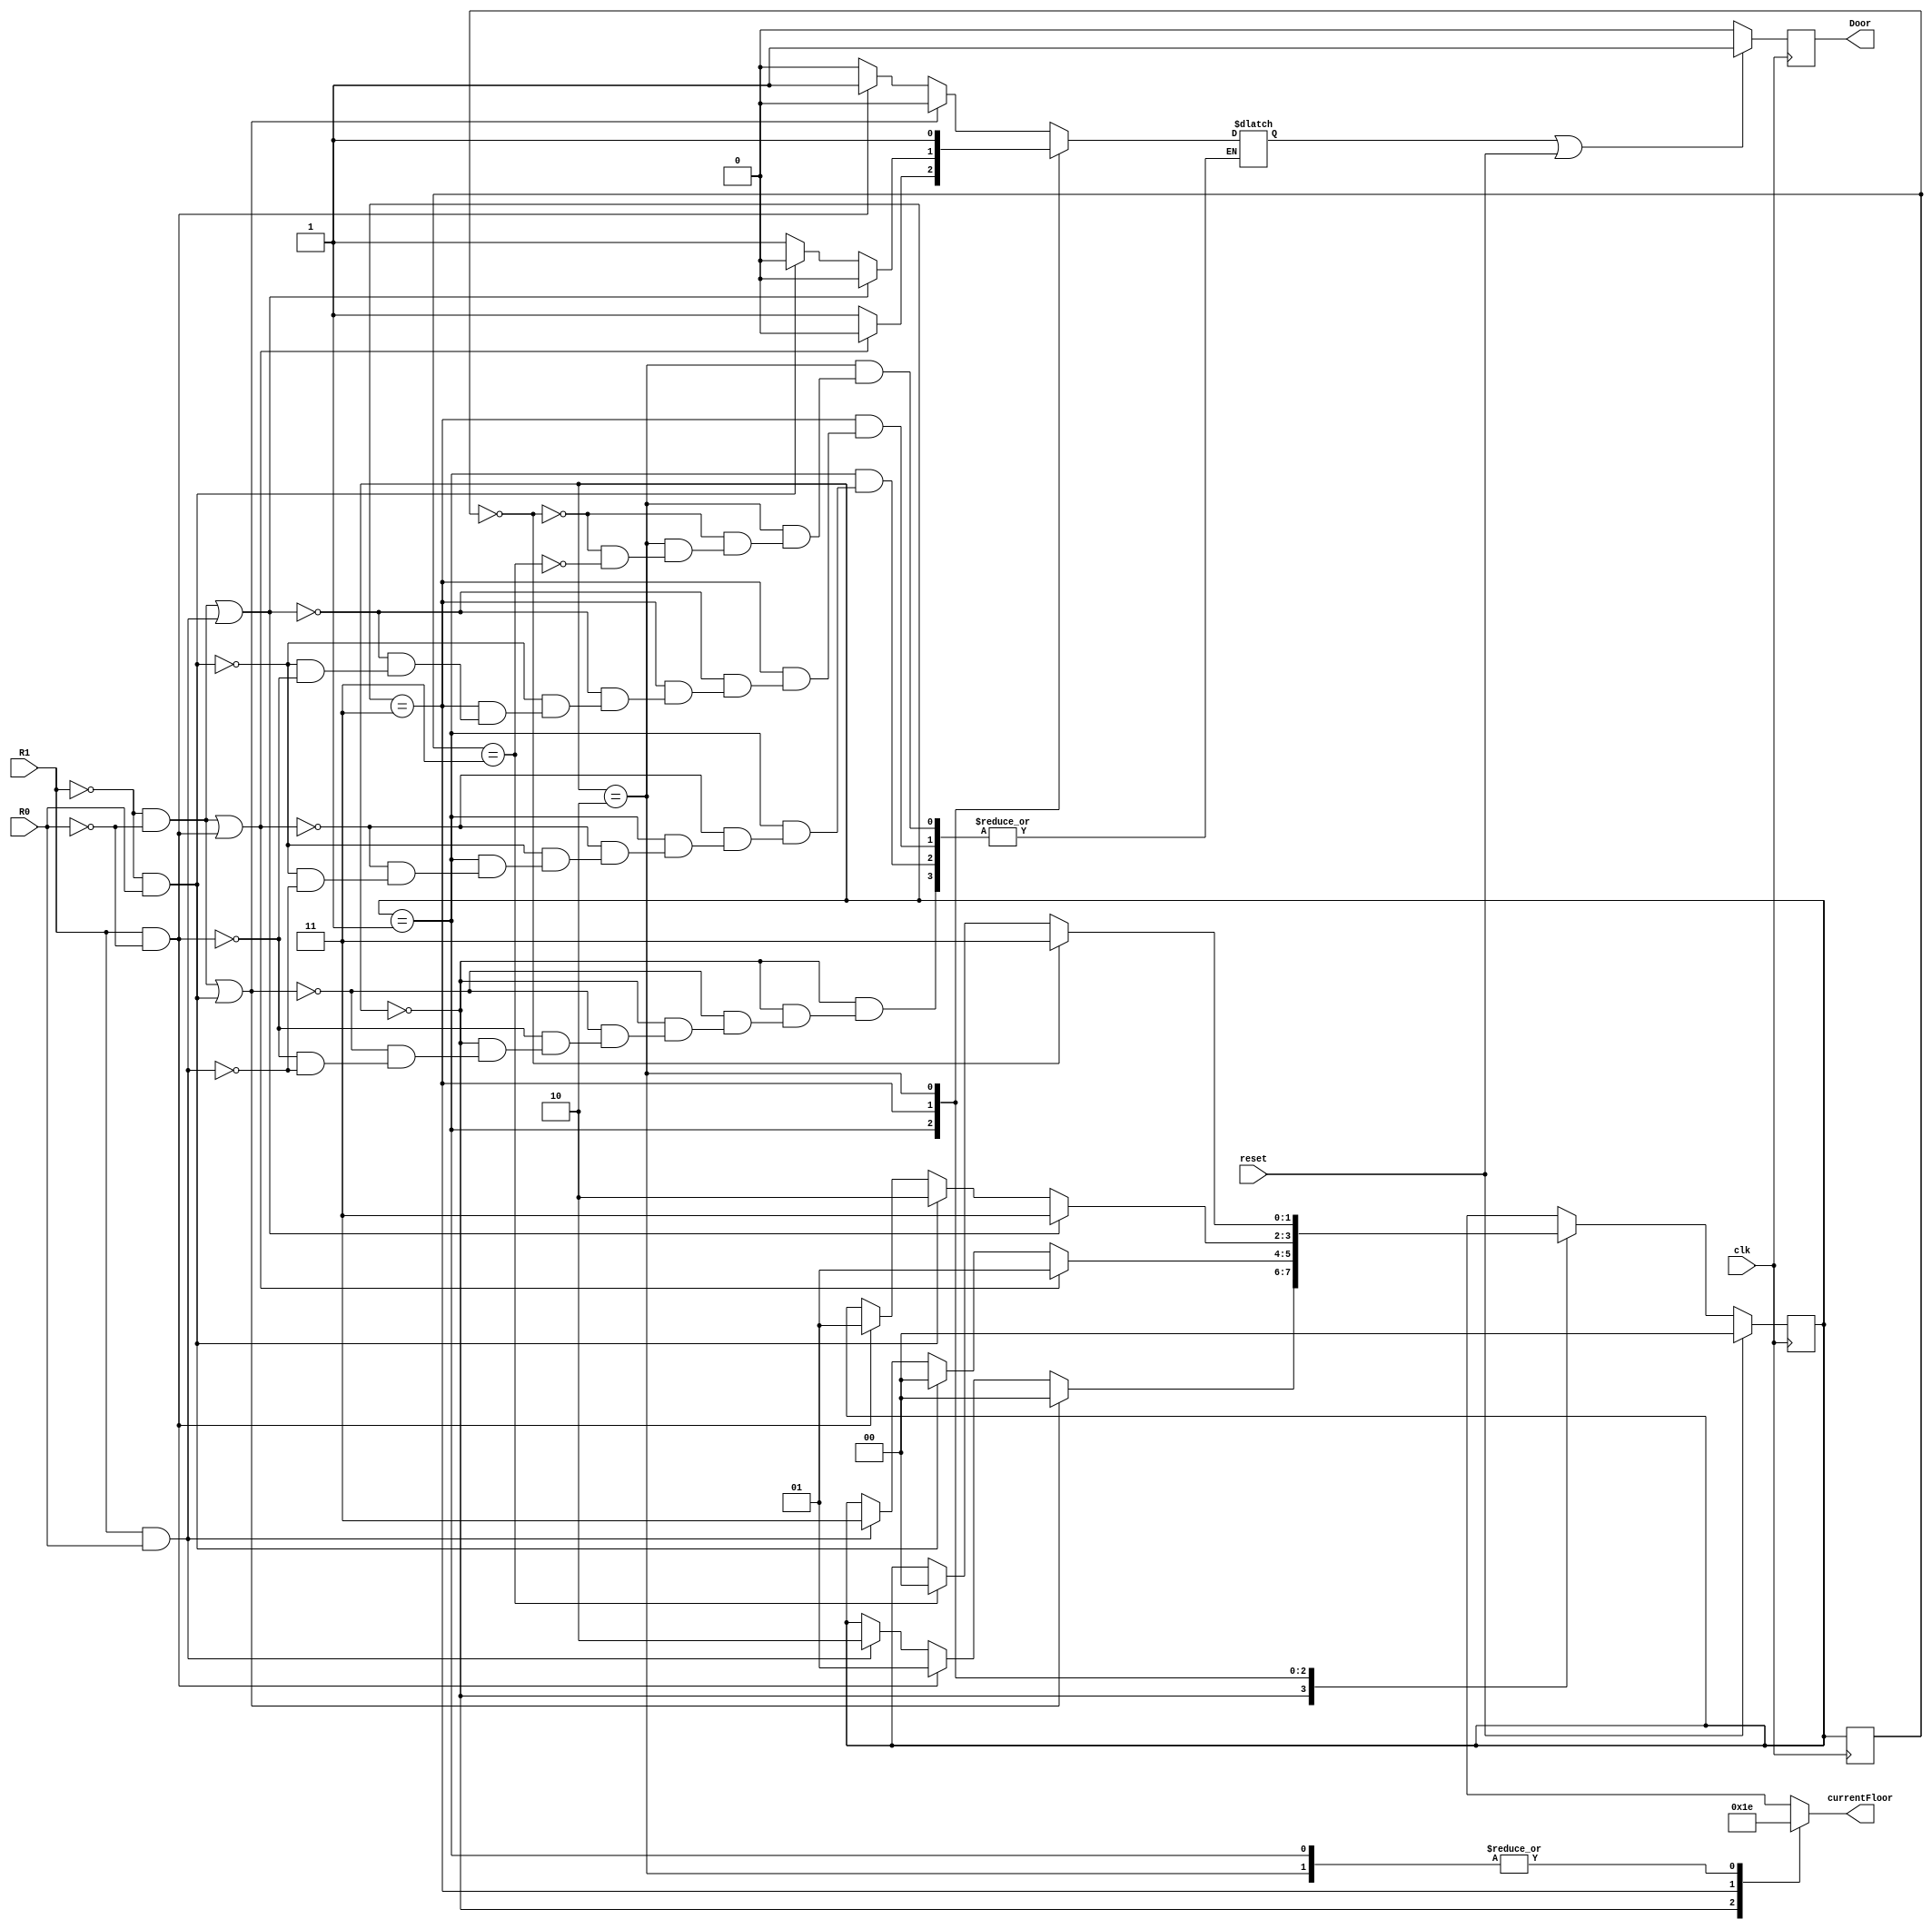
module Elevator(

input wire R0, R1,reset,clk,
output reg [1:0] currentFloor,
output reg Door
);

	initial Door=1;
  
	reg [1:0] prev_state, state, next_state;
	reg Change;

	parameter [1:0] FLR1 = 2'b00;
	parameter [1:0] FLR2 = 2'b01;
	parameter [1:0] FLR2NS = 2'b10;
	parameter [1:0] FLR3 = 2'b11;

always@(posedge clk)
begin

		prev_state<=state;

		
		if(reset)
		state <= FLR1;
		else
		state <= next_state;
		
		
		if(Change | reset)
		Door=1;
		
		else
		Door=0;
end

always@(state)
begin

		next_state=state;

case(state)


FLR1:
	begin
		
		if((!R1 & !R0) || (!R1&R0))
		begin
		next_state=FLR1;
		Change=0;
		end

		else if (R1&!R0)
		begin
		next_state=FLR2;
		Change=1;
		end

		else if (R1&R0)
		begin
		next_state=FLR2NS;
		Change=0;
		end

		
		currentFloor<=1;
		
	end

FLR2:
	begin 

		if((!R1&!R0) || (R1&!R0))
		begin
		next_state=FLR2;
		Change=0;
		end

		else if (!R1&R0)
		begin
		next_state=FLR1;
		Change=1;
		end

		else if (R1&R0)
		begin
		next_state=FLR3;
		Change=1;
		end

		
		currentFloor<=2;
	
	end

FLR3:
	begin
	
		if((!R1&!R0) || (R1&R0))
			begin
			next_state=FLR3;
			Change=0;
			end
		
		else if (!R1&R0)
			begin
			next_state=FLR2NS;
			Change=0;
			end
			
		else if (R1&!R0)
			begin
			next_state=FLR2;
			Change=1;
			end
			
			
		currentFloor<=3;
	
	end

FLR2NS:
	begin
	
		if(prev_state==0)
			begin
			next_state=FLR3;
			Change=1;
			end
		
		else if(prev_state==3)
			begin
			next_state=FLR1;
			Change=1;
			end
			
			
		currentFloor<=2;
		
	end

endcase

end


endmodule